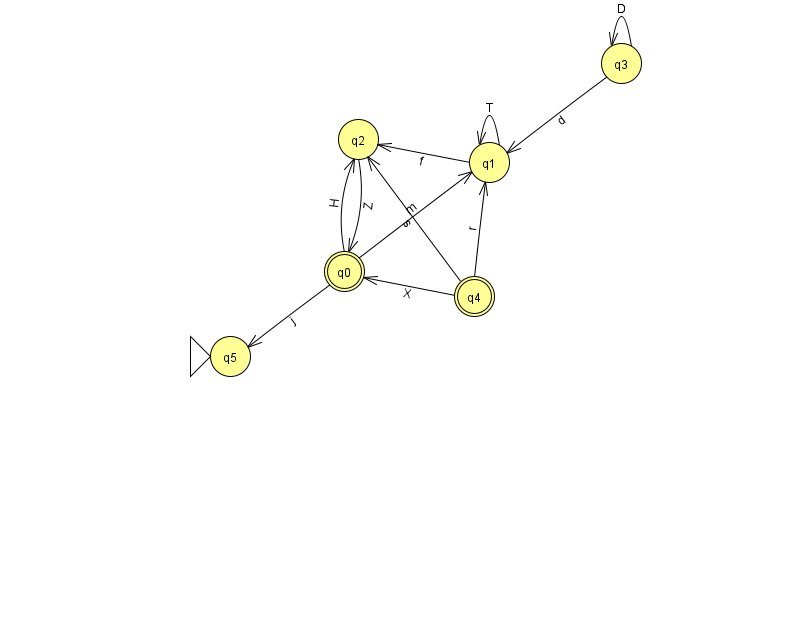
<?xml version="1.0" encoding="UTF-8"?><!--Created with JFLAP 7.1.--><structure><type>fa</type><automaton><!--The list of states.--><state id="0" name="q0"><x>344.0</x><y>258.0</y><final/></state><state id="1" name="q1"><x>489.0</x><y>149.0</y></state><state id="2" name="q2"><x>358.0</x><y>126.0</y></state><state id="3" name="q3"><x>621.0</x><y>50.0</y></state><state id="4" name="q4"><x>474.0</x><y>283.0</y><final/></state><state id="5" name="q5"><x>230.0</x><y>343.0</y><initial/></state><!--The list of transitions.--><transition><from>0</from><to>5</to><read>j</read></transition><transition><from>4</from><to>1</to><read>r</read></transition><transition><from>3</from><to>1</to><read>d</read></transition><transition><from>4</from><to>2</to><read>s</read></transition><transition><from>1</from><to>1</to><read>T</read></transition><transition><from>3</from><to>3</to><read>D</read></transition><transition><from>1</from><to>2</to><read>f</read></transition><transition><from>2</from><to>0</to><read>Z</read></transition><transition><from>0</from><to>2</to><read>H</read></transition><transition><from>4</from><to>0</to><read>X</read></transition><transition><from>0</from><to>1</to><read>m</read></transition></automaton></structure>